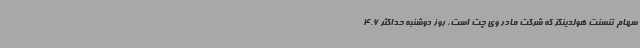
سهام تنسنت هولدینگز که شرکت مادر وی چت است، روز دوشنبه حداکثر 4.6